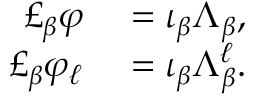
\begin{array} { r l } { \pounds _ { \beta } \varphi } & { { } = \iota _ { \beta } \Lambda _ { \beta } , } \\ { \pounds _ { \beta } \varphi _ { \ell } } & { { } = \iota _ { \beta } \Lambda _ { \beta } ^ { \ell } . } \end{array}